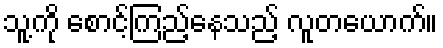
သူ့ကို စောင့်ကြည့်နေသည့် လူတယောက်။